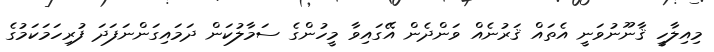
މިއިލާހީ ޤާނޫނުވަނީ އެތައް ޤަރުނެއް ވަންދެން އޭގައިވާ މީހުންގެ ސަމާލުކަން ދަމައިގަންނަފަދަ ފުރިހަމަކަމުގެ